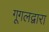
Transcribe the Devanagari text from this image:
गूगलद्वारा